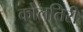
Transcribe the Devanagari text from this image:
कोलतिरी